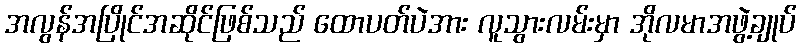
အလွန်အပြိုင်အဆိုင်ဖြစ်သည် ထောပတ်ပဲအား လူသွားလမ်းမှာ အိုလမာအဖွဲ့ချုပ်